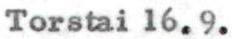
Torstai 16.9.